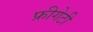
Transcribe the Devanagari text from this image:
फ्रीगेटी